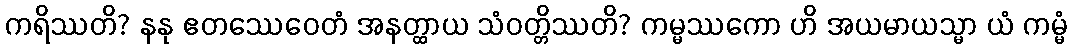
ကရိဿတိ? နနု ဧတဿေဝေတံ အနတ္ထာယ သံဝတ္တိဿတိ? ကမ္မဿကော ဟိ အယမာယသ္မာ ယံ ကမ္မံ